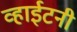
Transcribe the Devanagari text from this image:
व्हाईटनी